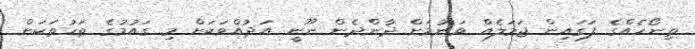
ތިނޯހެއްގެ ފަގައިން ޖަމަލެއް ވަނުމަށް ދާންދެން ނޫނީ އަދުއްވަކަށް މި ގައުމުގެ ތަހުތަކަށް